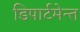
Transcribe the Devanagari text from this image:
डिपार्टमेन्त